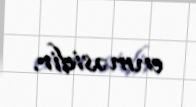
enməsidir.